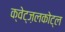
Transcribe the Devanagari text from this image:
क्वेट्ज़लकोट्ल